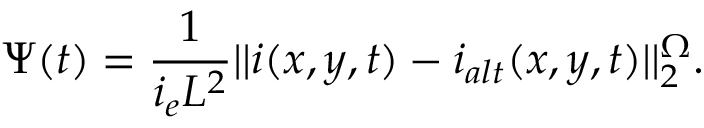
\Psi ( t ) = \frac { 1 } { i _ { e } L ^ { 2 } } | | i ( x , y , t ) - i _ { a l t } ( x , y , t ) | | _ { 2 } ^ { \Omega } .